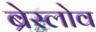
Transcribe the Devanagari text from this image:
ब्रेस्लोव